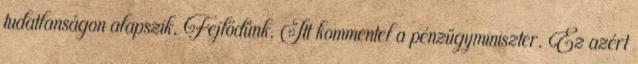
tudatlanságon alapszik. Fejlődünk. Itt kommentel a pénzügyminiszter. Ez azért